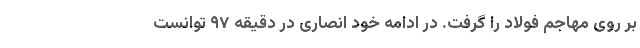
بر روی مهاجم فولاد را گرفت. در ادامه خود انصاری در دقیقه ۹۷ توانست